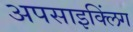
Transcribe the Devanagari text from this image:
अपसाइक्लिंग